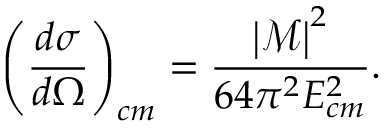
\left( \frac { d \sigma } { d \Omega } \right) _ { c m } = \frac { \left\vert \mathcal { M } \right\vert ^ { 2 } } { 6 4 \pi ^ { 2 } E _ { c m } ^ { 2 } } .